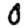
Digit: 0